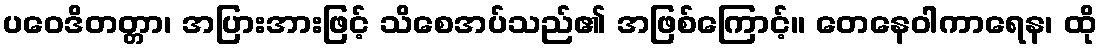
ပဝေဒိတတ္တာ၊ အပြားအားဖြင့် သိစေအပ်သည်၏ အဖြစ်ကြောင့်။ တေနေဝါကာရေန၊ ထို